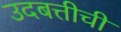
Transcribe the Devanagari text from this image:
उदबत्तीची